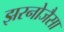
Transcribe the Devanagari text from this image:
झरनोजैसा